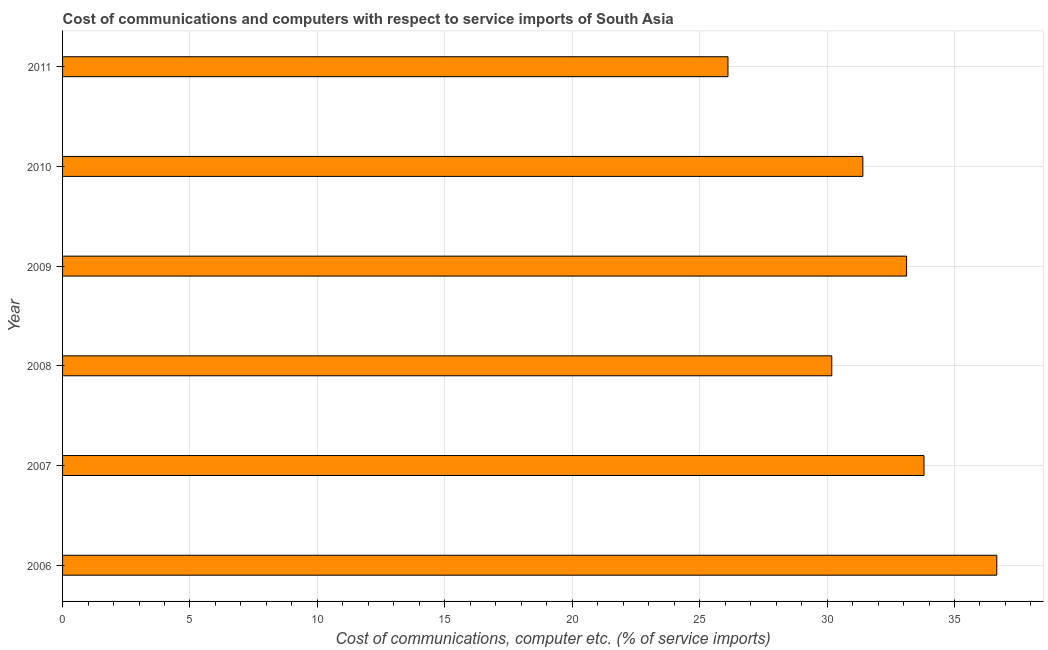
| Year | Communications |
 | --- | --- |
 | 2006 | 36.7 |
 | 2007 | 33.8 |
 | 2008 | 30.2 |
 | 2009 | 33.1 |
 | 2010 | 31.4 |
 | 2011 | 26.1 |